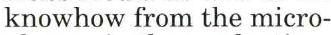
knowhow from the micro-